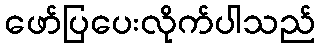
ဖော်ပြပေးလိုက်ပါသည်